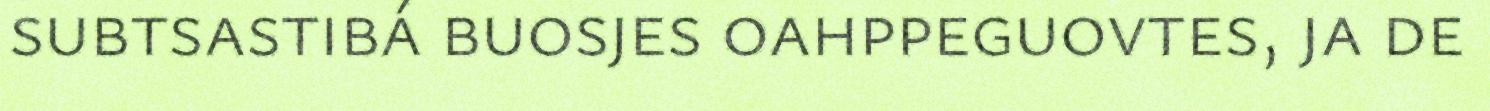
subtsastibá buosjes oahppeguovtes, ja de